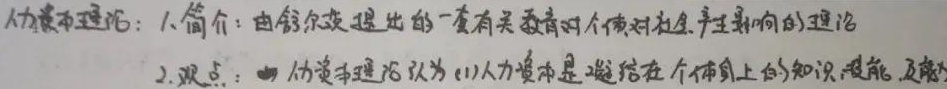
人力资本理论：
1. 简介：由舒尔茨提出的一套有关教育对个体对社会产生影响的理论。
2. 观点：人力资本理论认为(1)人力资本是凝结在个体身上的知识、技能及能力。